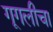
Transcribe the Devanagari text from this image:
गूगलीचा